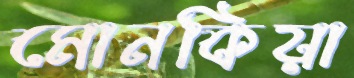
মোনকিয়া